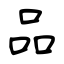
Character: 品